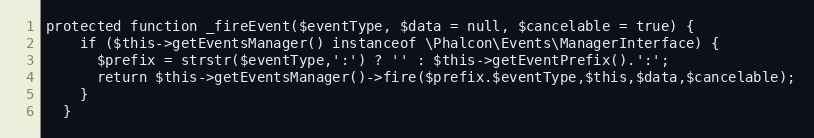
Language: PHP
protected function _fireEvent($eventType, $data = null, $cancelable = true) {
    if ($this->getEventsManager() instanceof \Phalcon\Events\ManagerInterface) {
      $prefix = strstr($eventType,':') ? '' : $this->getEventPrefix().':';
      return $this->getEventsManager()->fire($prefix.$eventType,$this,$data,$cancelable);
    }
  }